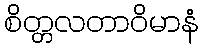
စိတ္တလတာဝိမာနံ